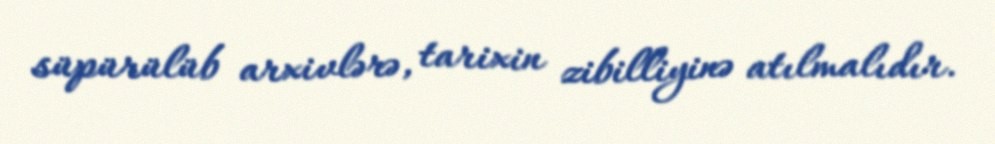
süpürülüb arxivlərə, tarixin zibilliyinə atılmalıdır.